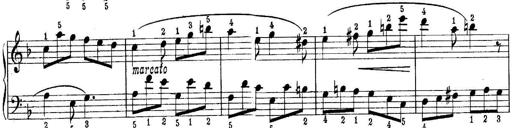
Title: Quatres sonatines
Composer: Tadeusz Joteyko